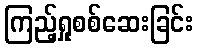
ကြည့်ရှုစစ်ဆေးခြင်း